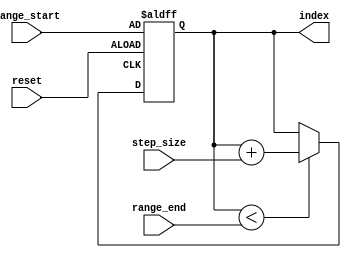
module generate_for_loop (
    input wire [7:0] range_start,
    input wire [7:0] range_end,
    input wire [3:0] step_size,
    input wire reset,
    output reg [7:0] index
);

always @(posedge clock or posedge reset) begin
    if (reset) begin
        index <= range_start; // initialize index to starting value
    end else begin
        if (index < range_end) begin // loop condition
            index <= index + step_size; // increment index by step size
        end else begin
            // loop exit condition
            // execute loop exit statements here
        end
    end
end

endmodule